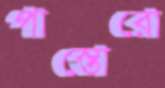
পাস্তোরো